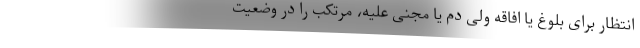
انتظار برای بلوغ یا افاقه ولی دم یا مجنی علیه، مرتکب را در وضعیت